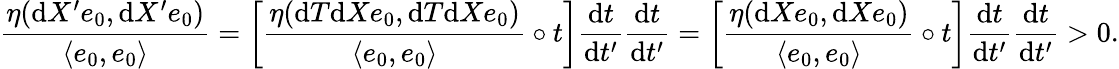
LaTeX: \frac{\eta(\mathrm dX^{\prime}e_{0},\mathrm dX^{\prime}e_{0})}{\langle e_{0},e_{0}\rangle}=\left[\frac{\eta(\mathrm{d}T\mathrm{d}Xe_{0},\mathrm{d}T\mathrm{d}Xe_{0})}{\langle e_{0},e_{0}\rangle}\circ t\right]\frac{\mathrm{d}t}{\mathrm{d}t^{\prime}}\frac{\mathrm{d}t}{\mathrm{d}t^{\prime}}=\left[\frac{\eta(\mathrm{d}Xe_{0},\mathrm{d}Xe_{0})}{\langle e_{0},e_{0}\rangle}\circ t\right]\frac{\mathrm{d}t}{\mathrm{d}t^{\prime}}\frac{\mathrm{d}t}{\mathrm{d}t^{\prime}}>0.